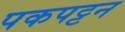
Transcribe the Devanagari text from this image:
पकपट्टन